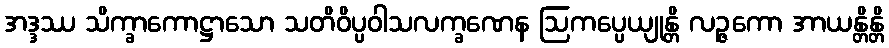
အဒ္ဒဿ သိက္ခာကောဋ္ဌာသော သတိဝိပ္ပဝါသလက္ခဏေန ဩကပ္ပေယျုန္တိ လဉ္ဇကော အာယန္တိန္တိ